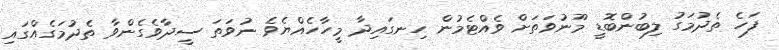
ފަހެ ތެދުމަގު ލިބުންބޮޑީ މޫނުވަތަށް ވެއްޓެމުން ހިނގައިދާ މީހާހެއްޔެވެ ނުވަތަ ސީދާވެގެންވާ ތެދުމަގެއްގައި